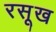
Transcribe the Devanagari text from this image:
रसूख